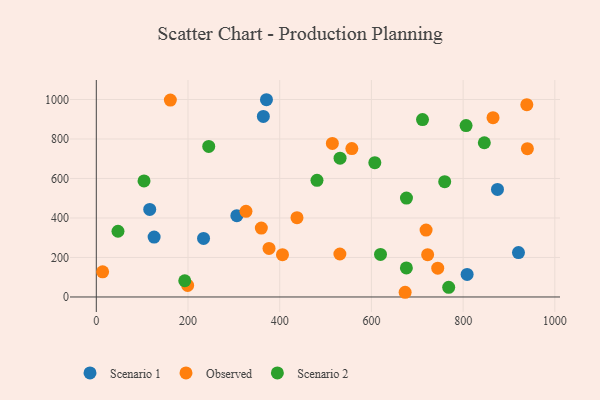
{"axis": {"x": "Investment", "y": "Sales"}, "legend": ["Observed", "Scenario 1", "Scenario 2"], "data": [{"x": "364.3", "y": 914.4, "type": "Scenario 1"}, {"x": "126.1", "y": 303.2, "type": "Scenario 1"}, {"x": "306.5", "y": 411.7, "type": "Scenario 1"}, {"x": "233.9", "y": 296.3, "type": "Scenario 1"}, {"x": "116.5", "y": 443.3, "type": "Scenario 1"}, {"x": "808.7", "y": 114.2, "type": "Scenario 1"}, {"x": "874.9", "y": 544.5, "type": "Scenario 1"}, {"x": "920.7", "y": 225.0, "type": "Scenario 1"}, {"x": "371.1", "y": 998.8, "type": "Scenario 1"}, {"x": "673.5", "y": 23.8, "type": "Observed"}, {"x": "326.4", "y": 433.8, "type": "Observed"}, {"x": "531.2", "y": 217.7, "type": "Observed"}, {"x": "514.8", "y": 777.6, "type": "Observed"}, {"x": "161.5", "y": 997.2, "type": "Observed"}, {"x": "359.9", "y": 349.0, "type": "Observed"}, {"x": "938.9", "y": 973.9, "type": "Observed"}, {"x": "437.7", "y": 401.6, "type": "Observed"}, {"x": "719.2", "y": 338.7, "type": "Observed"}, {"x": "722.6", "y": 214.0, "type": "Observed"}, {"x": "13.8", "y": 127.2, "type": "Observed"}, {"x": "744.6", "y": 146.0, "type": "Observed"}, {"x": "865.2", "y": 907.7, "type": "Observed"}, {"x": "557.3", "y": 751.2, "type": "Observed"}, {"x": "376.7", "y": 245.6, "type": "Observed"}, {"x": "940.1", "y": 751.0, "type": "Observed"}, {"x": "406.0", "y": 214.2, "type": "Observed"}, {"x": "199.2", "y": 58.7, "type": "Observed"}, {"x": "676.2", "y": 147.0, "type": "Scenario 2"}, {"x": "619.8", "y": 215.5, "type": "Scenario 2"}, {"x": "676.4", "y": 500.8, "type": "Scenario 2"}, {"x": "531.6", "y": 702.9, "type": "Scenario 2"}, {"x": "768.5", "y": 49.1, "type": "Scenario 2"}, {"x": "711.4", "y": 898.2, "type": "Scenario 2"}, {"x": "104.1", "y": 587.7, "type": "Scenario 2"}, {"x": "607.4", "y": 680.2, "type": "Scenario 2"}, {"x": "481.3", "y": 590.7, "type": "Scenario 2"}, {"x": "192.9", "y": 82.2, "type": "Scenario 2"}, {"x": "47.3", "y": 332.8, "type": "Scenario 2"}, {"x": "759.8", "y": 583.6, "type": "Scenario 2"}, {"x": "806.4", "y": 867.8, "type": "Scenario 2"}, {"x": "846.2", "y": 780.9, "type": "Scenario 2"}, {"x": "245.2", "y": 762.5, "type": "Scenario 2"}]}